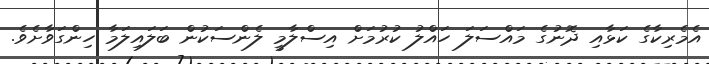
އެމެރިކާގެ ކަޅާއި ދޮނުގެ މައްސަލަ ހައްލު ކުރުމަށް އިސްލާމީ ލެންސަކުން ބަލައިލަމާ ހިންގަވާށެވެ.